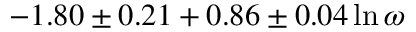
- 1 . 8 0 \pm 0 . 2 1 + 0 . 8 6 \pm 0 . 0 4 \ln \omega